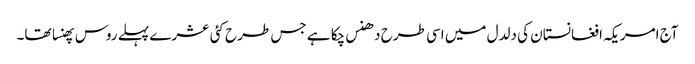
آج امریکہ افغانستان کی دلدل میں اسی طرح دھنس چکا ہے جس طرح کئی عشرے پہلے روس پھنسا تھا۔